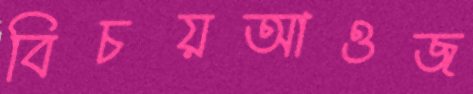
বিচয়আওজ